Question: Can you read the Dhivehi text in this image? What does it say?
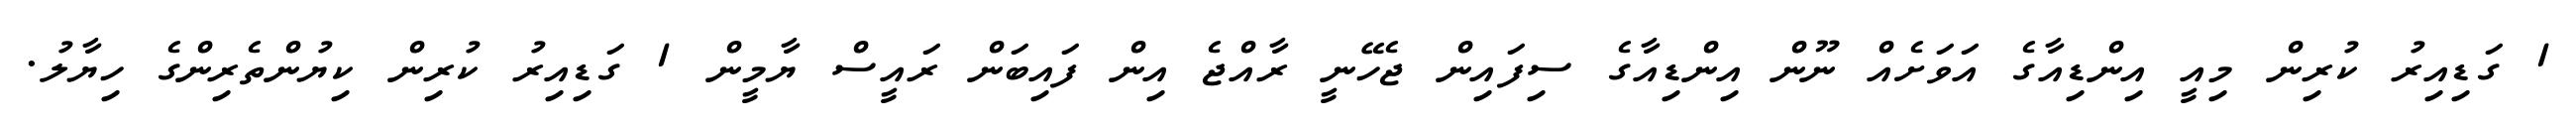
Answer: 1 ގަޑިއިރު ކުރިން މިއީ އިންޑިއާގެ އަވަށެއް ނޫން އިންޑިއާގެ ސިފައިން ޖެހޭނީ ރާއްޖެ އިން ފައިބަން ރައީސް ޔާމީން 1 ގަޑިއިރު ކުރިން ކިޔުންތެރިންގެ ހިޔާލު.